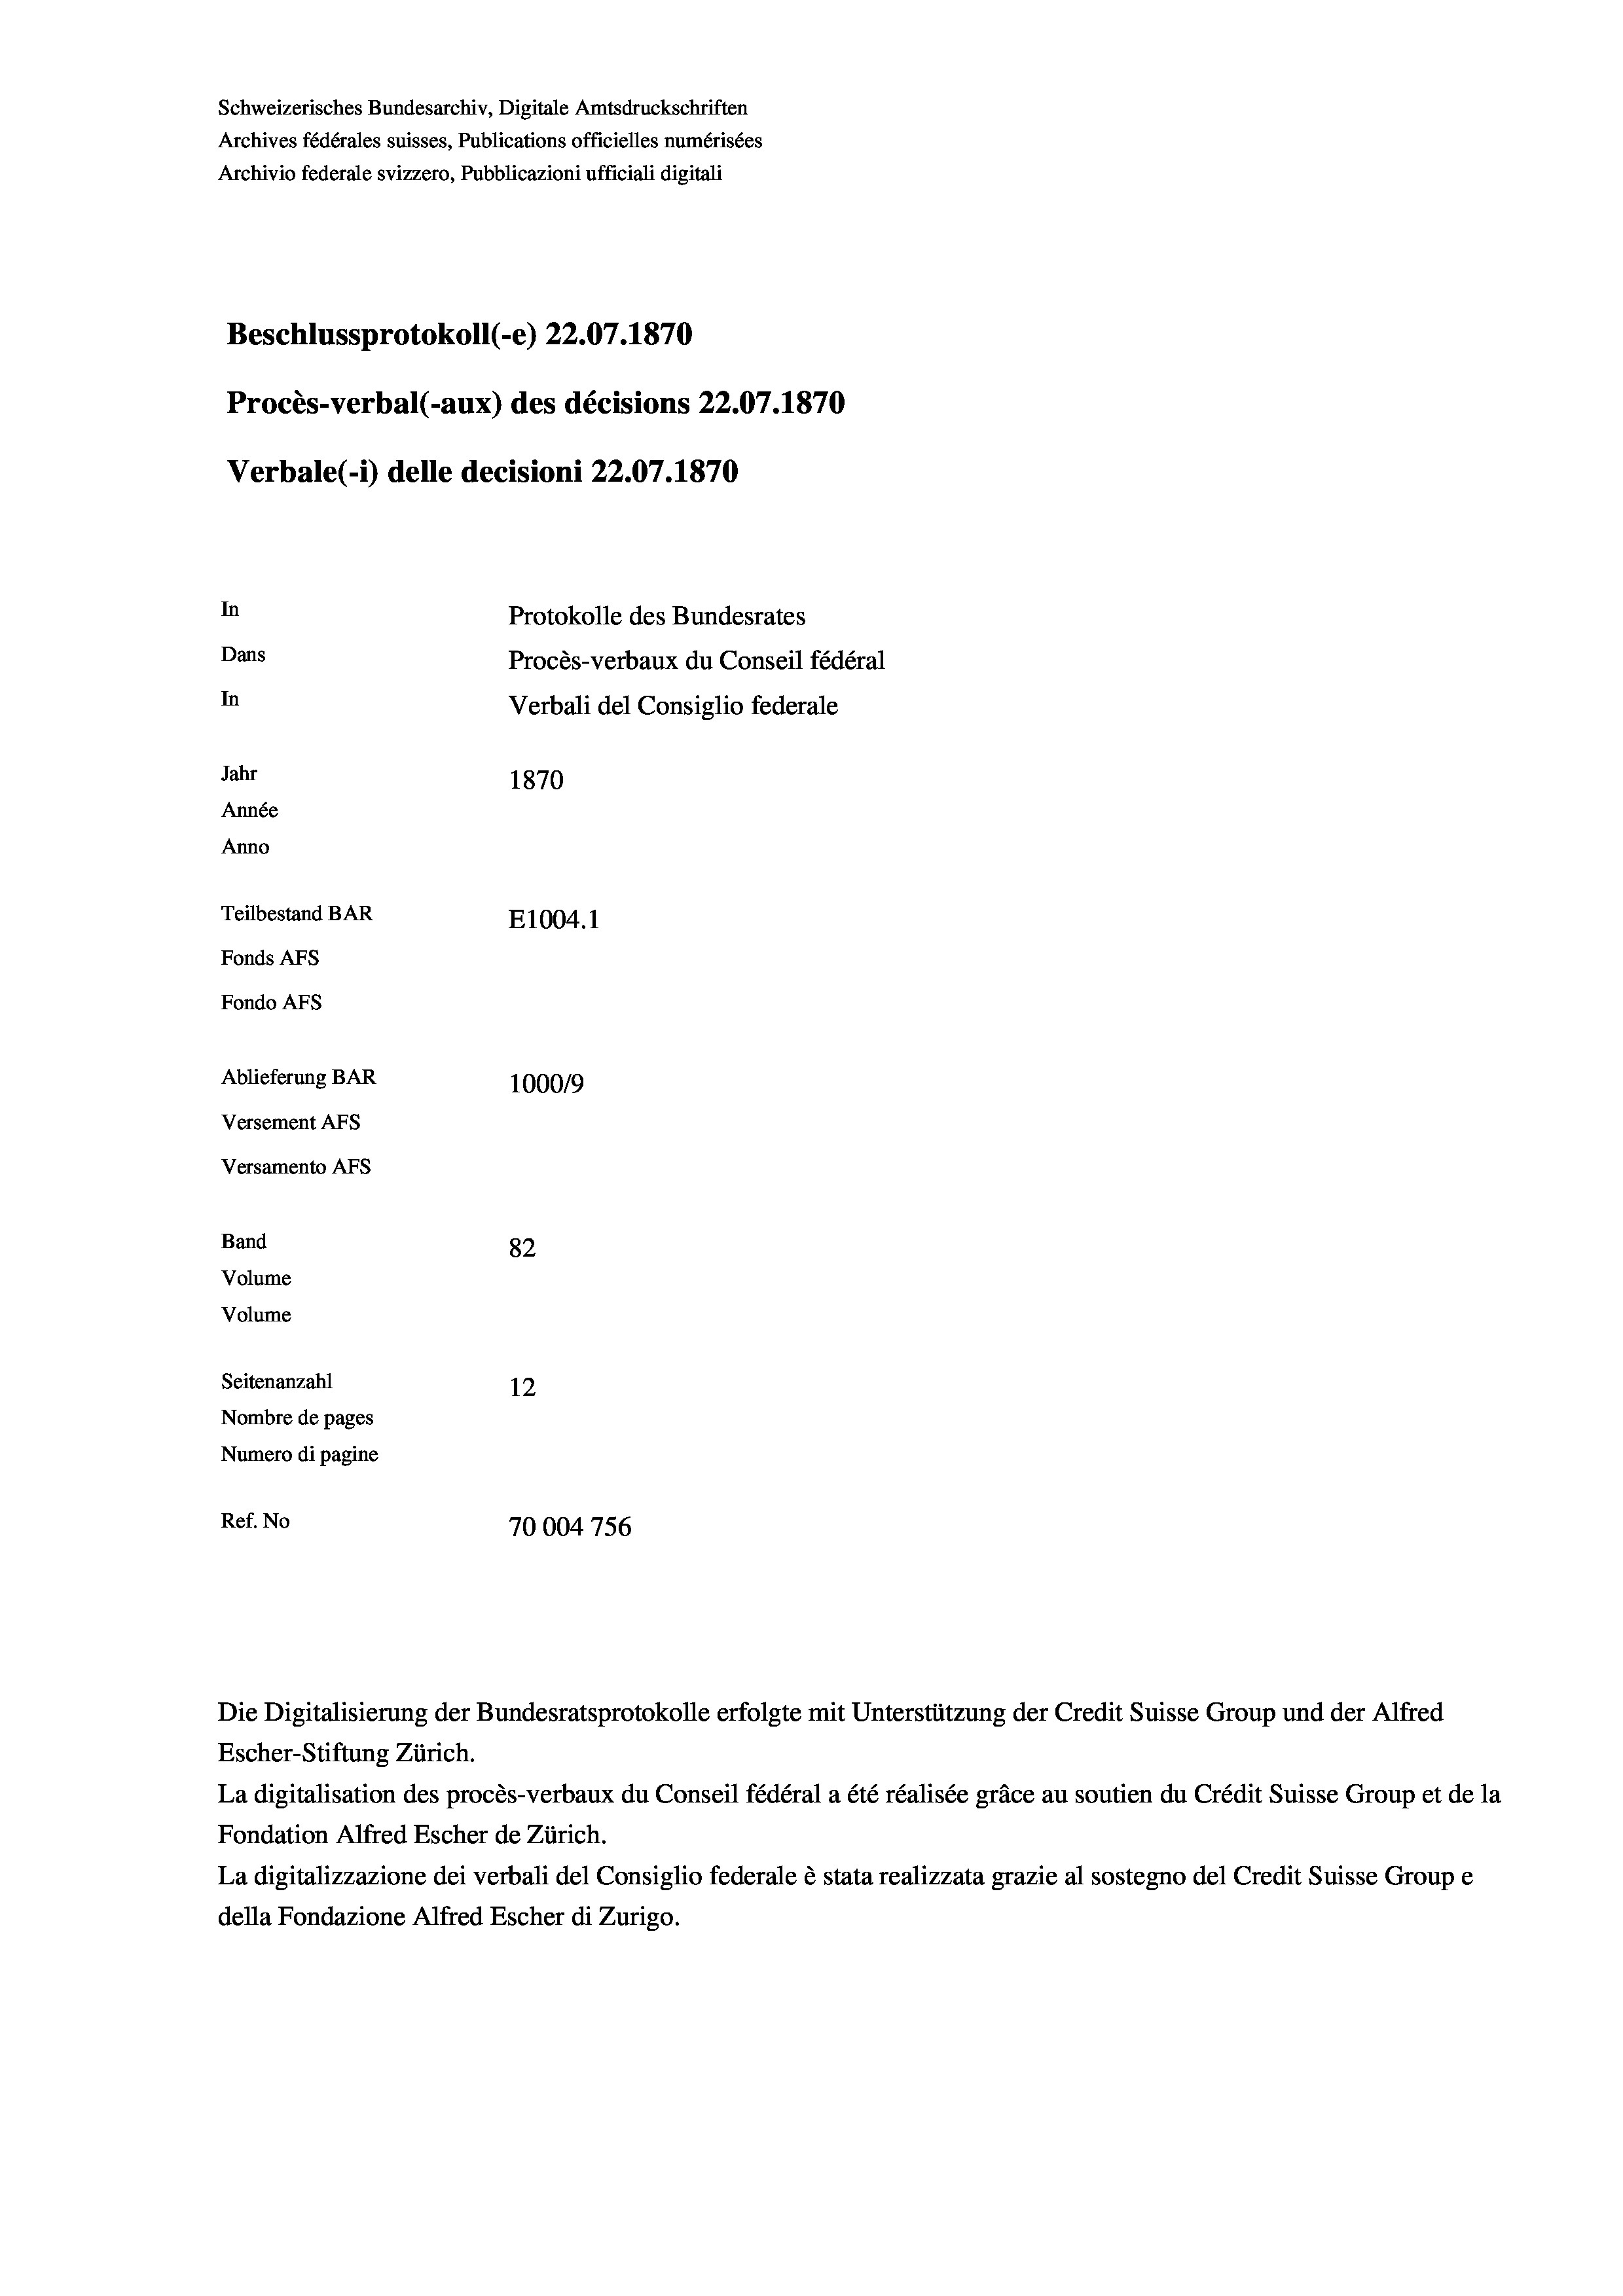
Schweizerisches Bundesarchiv, Digitale Amtsdruckschriften
Archives fédérales suisses, Publications officielles numérisées
Archivio federale svizzero, Pubblicazioni ufficiali digitali
Beschlussprotokoll (-e) 22.07.1870
Procès-verbal (-aux) des décisions 22.07.1870
Verbale (- 1) delle decisioni 22.07. 1870
In
Protokolle des Bundesrates
Dans
Procès-verbaux du Conseil fédéral
In
Verbali del Consiglio federale
Jahr
1870
Année
Anno
Teilbestand BAR
E1004.1
Fonds AFs
Fondo AFs
Ablieferung BAR
1000/9
Versement AFS
Versamento Afs

82
Volume
Volume
Seitenanzahl
12
Nombre de pages
Numero di pagine
Ref. No
70004756

Band

Escher-Stiftung Zürich.
La digitalisation des procès-verbaux du Conseil fédéral a été réalisée gräce au soutien du Crédit Suisse Group et de la
Fondation Alfred Escher de Zürich.
La digitalizzazione dei verbali del Consiglio federale è stata realizzata grazie al sostegno del Credit Suisse Groupe
della Fondazione Alfred Escher di Zurigo.

Die Digitalisierung der Bundesratsprotokolle erfolgte mit Unterstützung der Credit Suisse Group und der Alfred